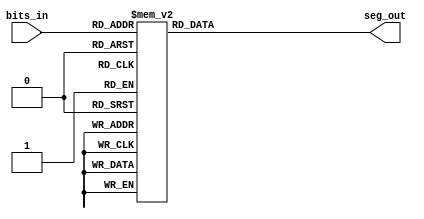
//ECE6370
//Pranav Krishnaji Kulkarni
//Seven segment 
//Converts 4 bits to 7 bits that can be used to operate the 7 segment display. The seven segment displays the number described by the 7 bits
//the leds in the seven segment display are active low i.e. the led's glow only when given input is 0.
module SevenSeg_Kulkarni_P(bits_in,seg_out);
  input [3:0]bits_in;
  output [6:0]seg_out;
  reg [6:0]seg_out;

  always @(bits_in)
    begin
      case(bits_in)
        4'h0 : begin seg_out = 7'b1000000; end
	4'h1 : begin seg_out = 7'b1111001; end
	4'h2 : begin seg_out = 7'b0100100; end
	4'h3 : begin seg_out = 7'b0110000; end
	4'h4 : begin seg_out = 7'b0011001; end
	4'h5 : begin seg_out = 7'b0010010; end
	4'h6 : begin seg_out = 7'b0000010; end
	4'h7 : begin seg_out = 7'b1111000; end
	4'h8 : begin seg_out = 7'b0000000; end
	4'h9 : begin seg_out = 7'b0011000; end
	4'hA : begin seg_out = 7'b0001000; end
	4'hB : begin seg_out = 7'b0000011; end
	4'hC : begin seg_out = 7'b1000110; end
	4'hD : begin seg_out = 7'b0100001; end
	4'hE : begin seg_out = 7'b0000110; end
	4'hF : begin seg_out = 7'b0001110; end
	default : begin seg_out = 7'b1111111; end
	endcase
    end
endmodule